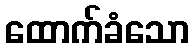
ထောက်ခံသော